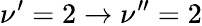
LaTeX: \nu^{\prime}=2\rightarrow\nu^{\prime\prime}=2